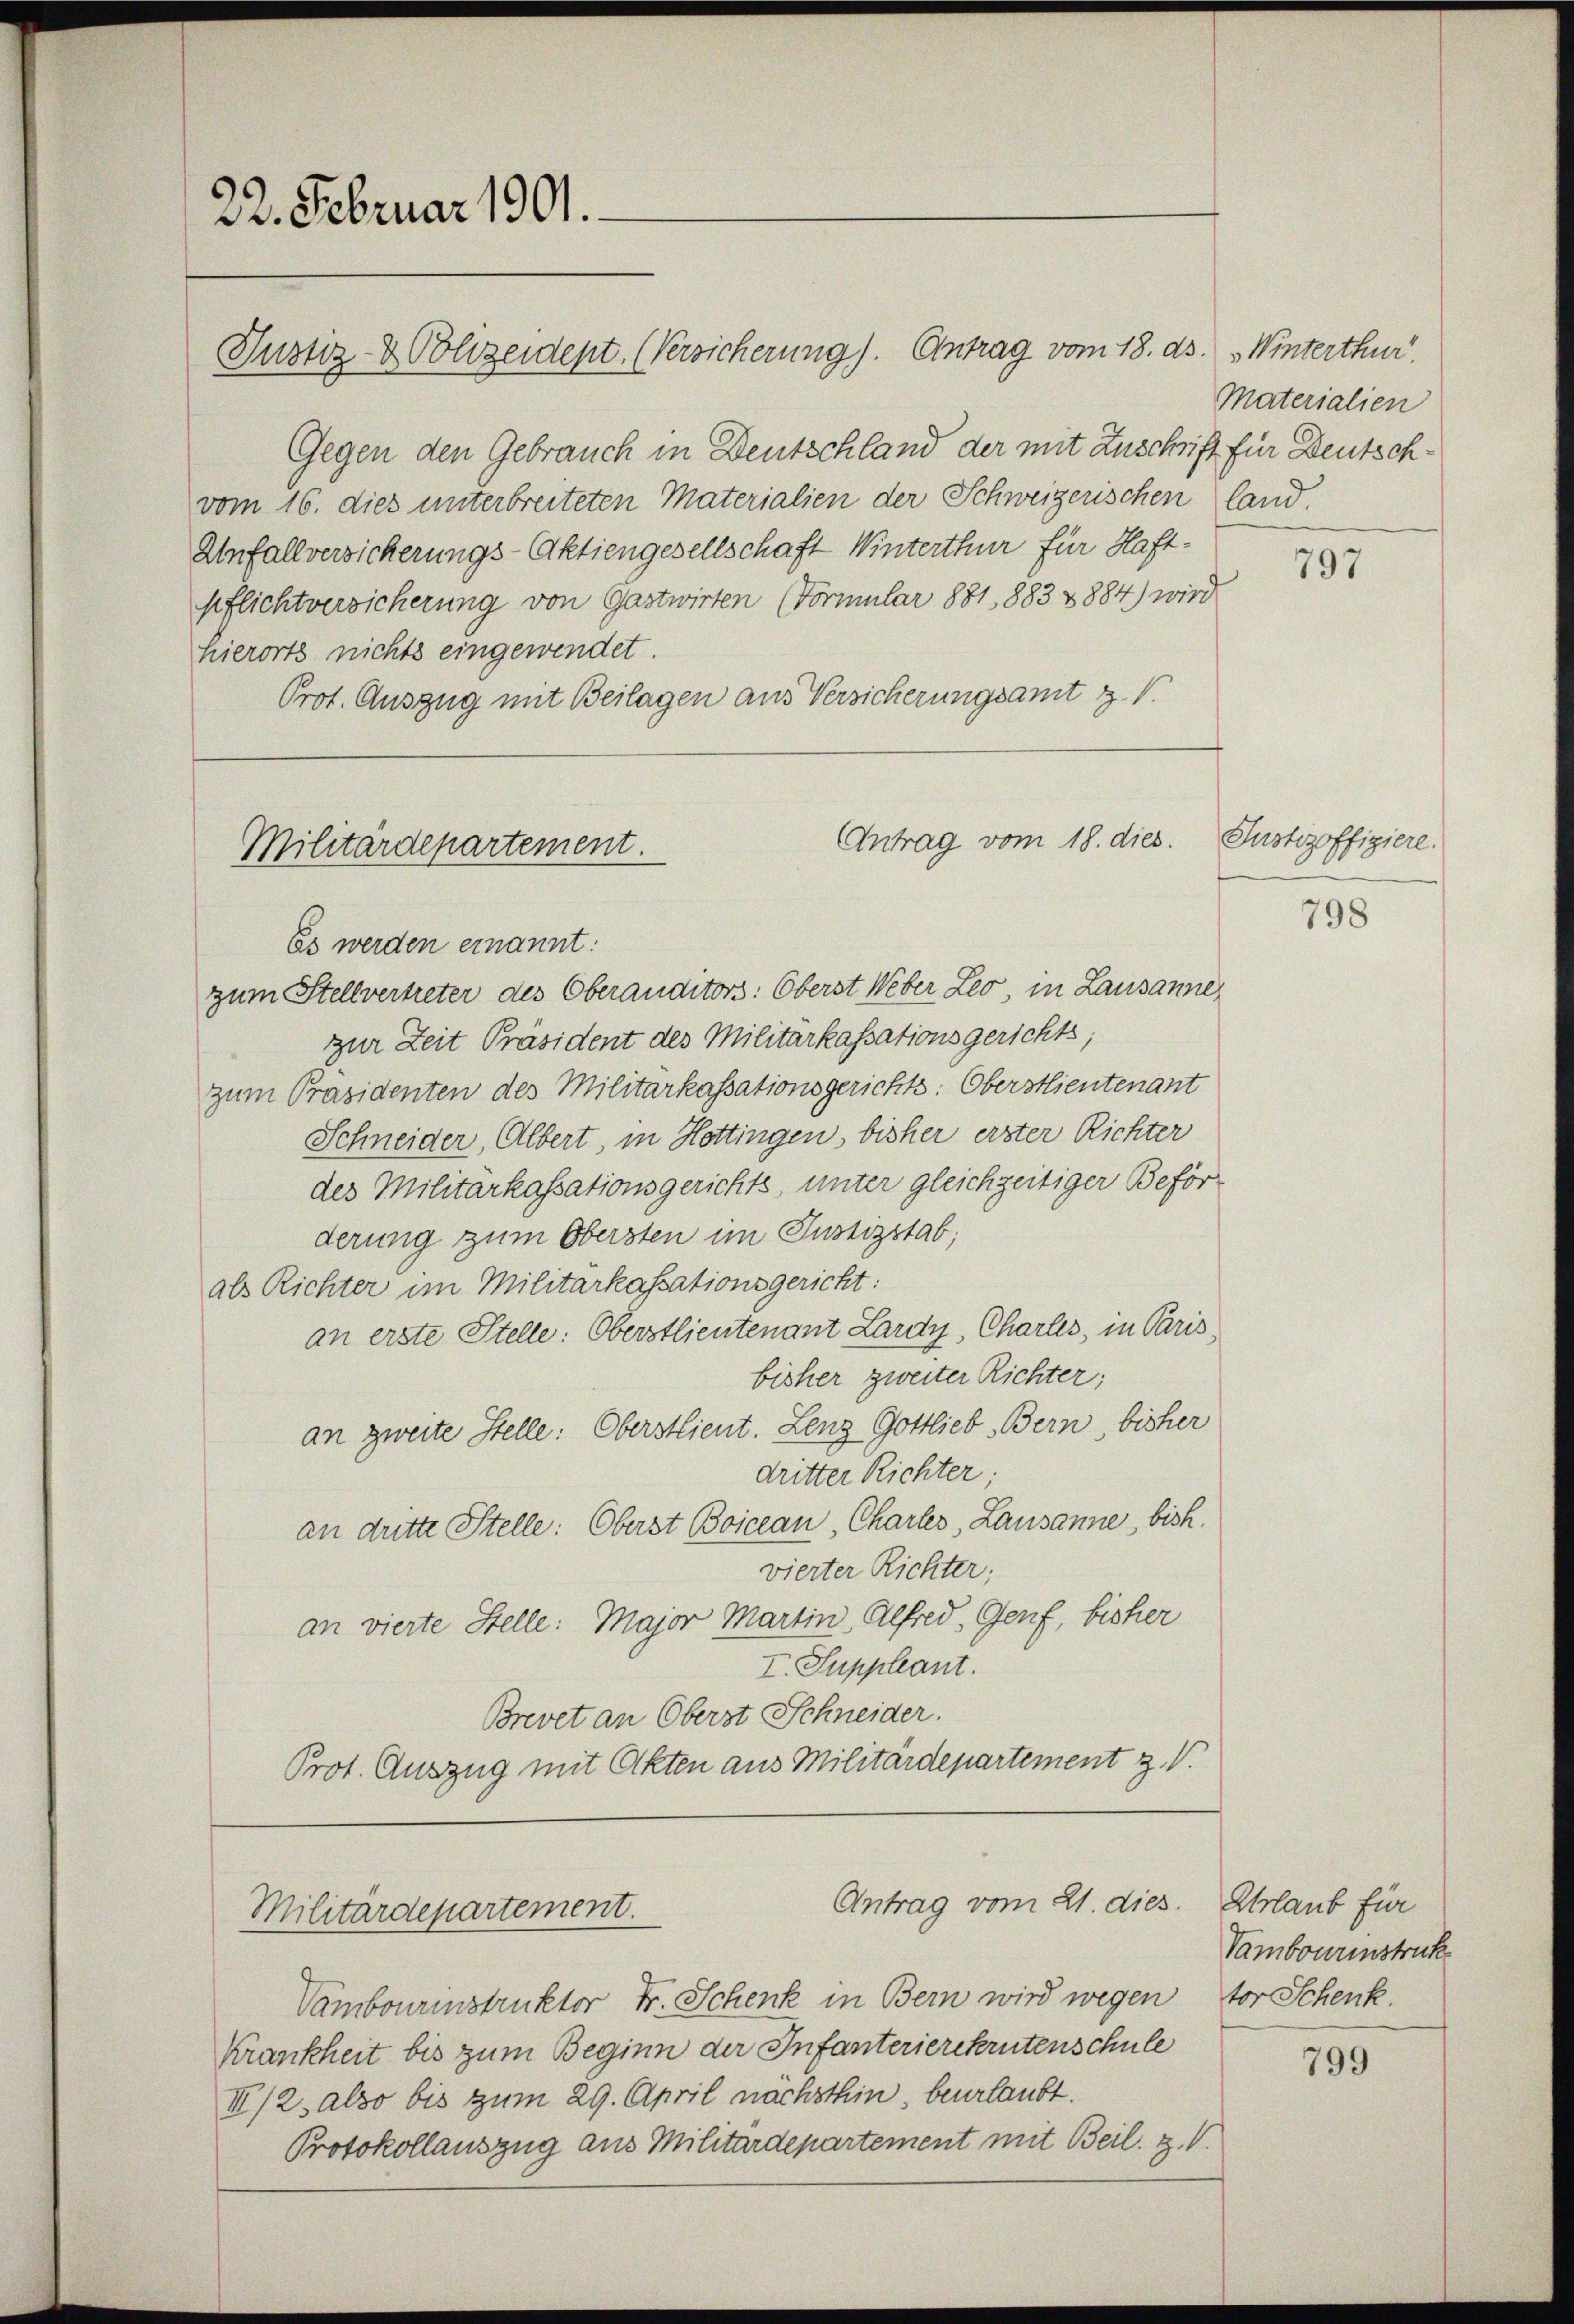
22. Februar 1901.

Militärdepartement.

Justiz- & Polizeidept. (Versicherung). Antrag vom 18. ds. Winterthur.
Gegen den Gebrauch in Deutschland der mit Zuschrift für Deutschvom 16. dies unterbreiteten Materialien der Schweizerischen land
Anfallversicherungs-Aktiengesellschaft Winterthur für Haft-
pflichtversicherung von Gastwirten (Vormular 1881, 1883 1884) wird
hierorts nichts eingewendet.
Prot. Auszug mit Beilagen aus Versicherungsamt z. B.
Es werden ernannt:
zum Stellvertreter des Oberanditors: Oberst Weber Leo, in Lausanne,
zur Zeit Präsident des Militarkassationsgerichts,
zum Präsidenten des Militarkassationsgerichts: Oberstlieutenant
Schneider, Albert, in Hottingen, bisher erster Richter
des Militärkassationsgerichts, unter gleichzeitiger Beförderung zum Obersten im Justizstab;
als Richter im Militarkassationsgericht:
an erste Stelle: Oberstlieutenant Lardy, Charles, in Paris,
bisher zweiter Richter;
an zweite Stelle: Oberstlieut. Lenz Gottlieb Bern, bisher
dritter Richter;
an dritte Stelle: Oberst Boicean Chartes, Lausanne, bish
vierter Richter;
an vierte Stelle: Major Martin Alfred, Genf, bisher
I. Suppleant.
Brevet an Oberst Schneider.
Prot. Auszug mit Akten aus Militärdepartement z.V.

Antrag vom 18. dies

Antrag vom 21. dies. Urlaub für
Militärdepartement.

Vambourinstruktor Fr. Schenk in Bern wird wegen vor Schenk.
Krankheit bis zum Beginn der Infanterierekrutenschule
II/2 also bis zum 29. April nächsthin, beurlaubt.
Protokollauszug aus Militärdepartement mit Beil. z.

Materialien

797

Justizoffiziere.

798

Vambourinstruk

799